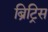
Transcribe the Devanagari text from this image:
ब्रिट्रिस